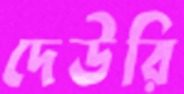
দেউরি